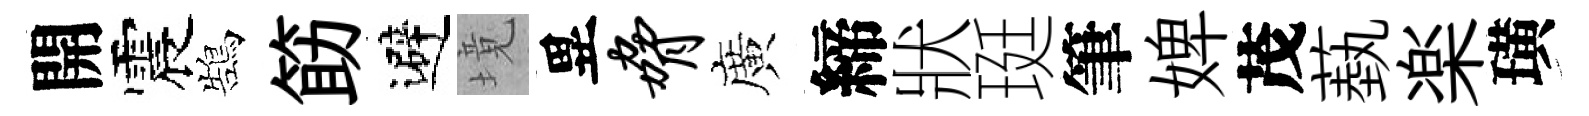
開震鵠筯避境異胁廣締狀珽筆婢茂蓺楽璜